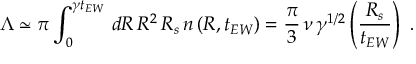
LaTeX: \Lambda \simeq \pi \int _ { 0 } ^ { \gamma t _ { E W } } \, d R \, R ^ { 2 } \, R _ { s } \, n \left( R , t _ { E W } \right) = \frac { \pi } { 3 } \, \nu \, \gamma ^ { 1 / 2 } \left( \frac { R _ { s } } { t _ { E W } } \right) \ .